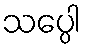
သပ္ပေါ